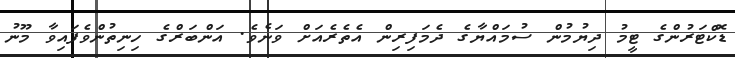
ޑޮކްޓަރުންގެ ޓީމު ދިޔުމުން ސުމައްޔާގެ ދެމަފިރިން އެތެރެއަށް ވަނެވެ. އަންބަރްގެ ހިނިތުންވެފައިވާ މޫނު